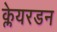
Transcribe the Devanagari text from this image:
क्लेयरडन